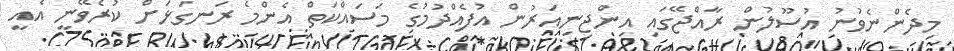
މިދެންނެވުނު އުސޫލުން ރާއްޖޭގައި އިންޖިނިއަރުން އުފެއްދުމުގެ މަސައްކަތް އެންމެ ރަނގަޅަށް ކުރެވޭނީ އެއީ